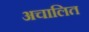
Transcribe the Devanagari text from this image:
अचालित